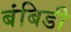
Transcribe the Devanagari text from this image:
बंबिडी